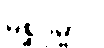
မစ္ဆဂုမ္ဗာပိ